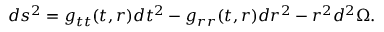
d s ^ { 2 } = g _ { t t } ( t , r ) d t ^ { 2 } - g _ { r r } ( t , r ) d r ^ { 2 } - r ^ { 2 } d ^ { 2 } \Omega .